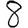
Digit: 8